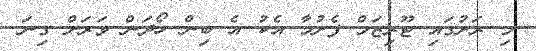
މި ރަށުގައި ޓޫރިޒަމް ފެށުމާ އެކު އެ ބިން ހޯދަން ވަރަށް ގިނަ